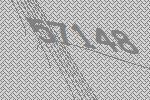
57148